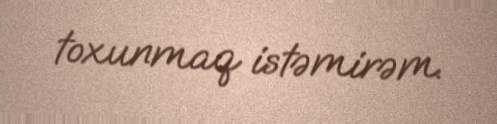
toxunmaq istəmirəm.